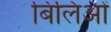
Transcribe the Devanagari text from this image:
बिलिओं